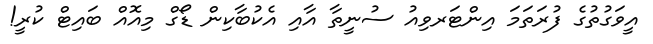
އީވަގުތުގެ ފުރަތަމަ އިންޓަރވިއު ސުނީތާ އާއި އެކުބާކިން ޑޯގް މިއޮއް ބައިޓް ކުރީ!